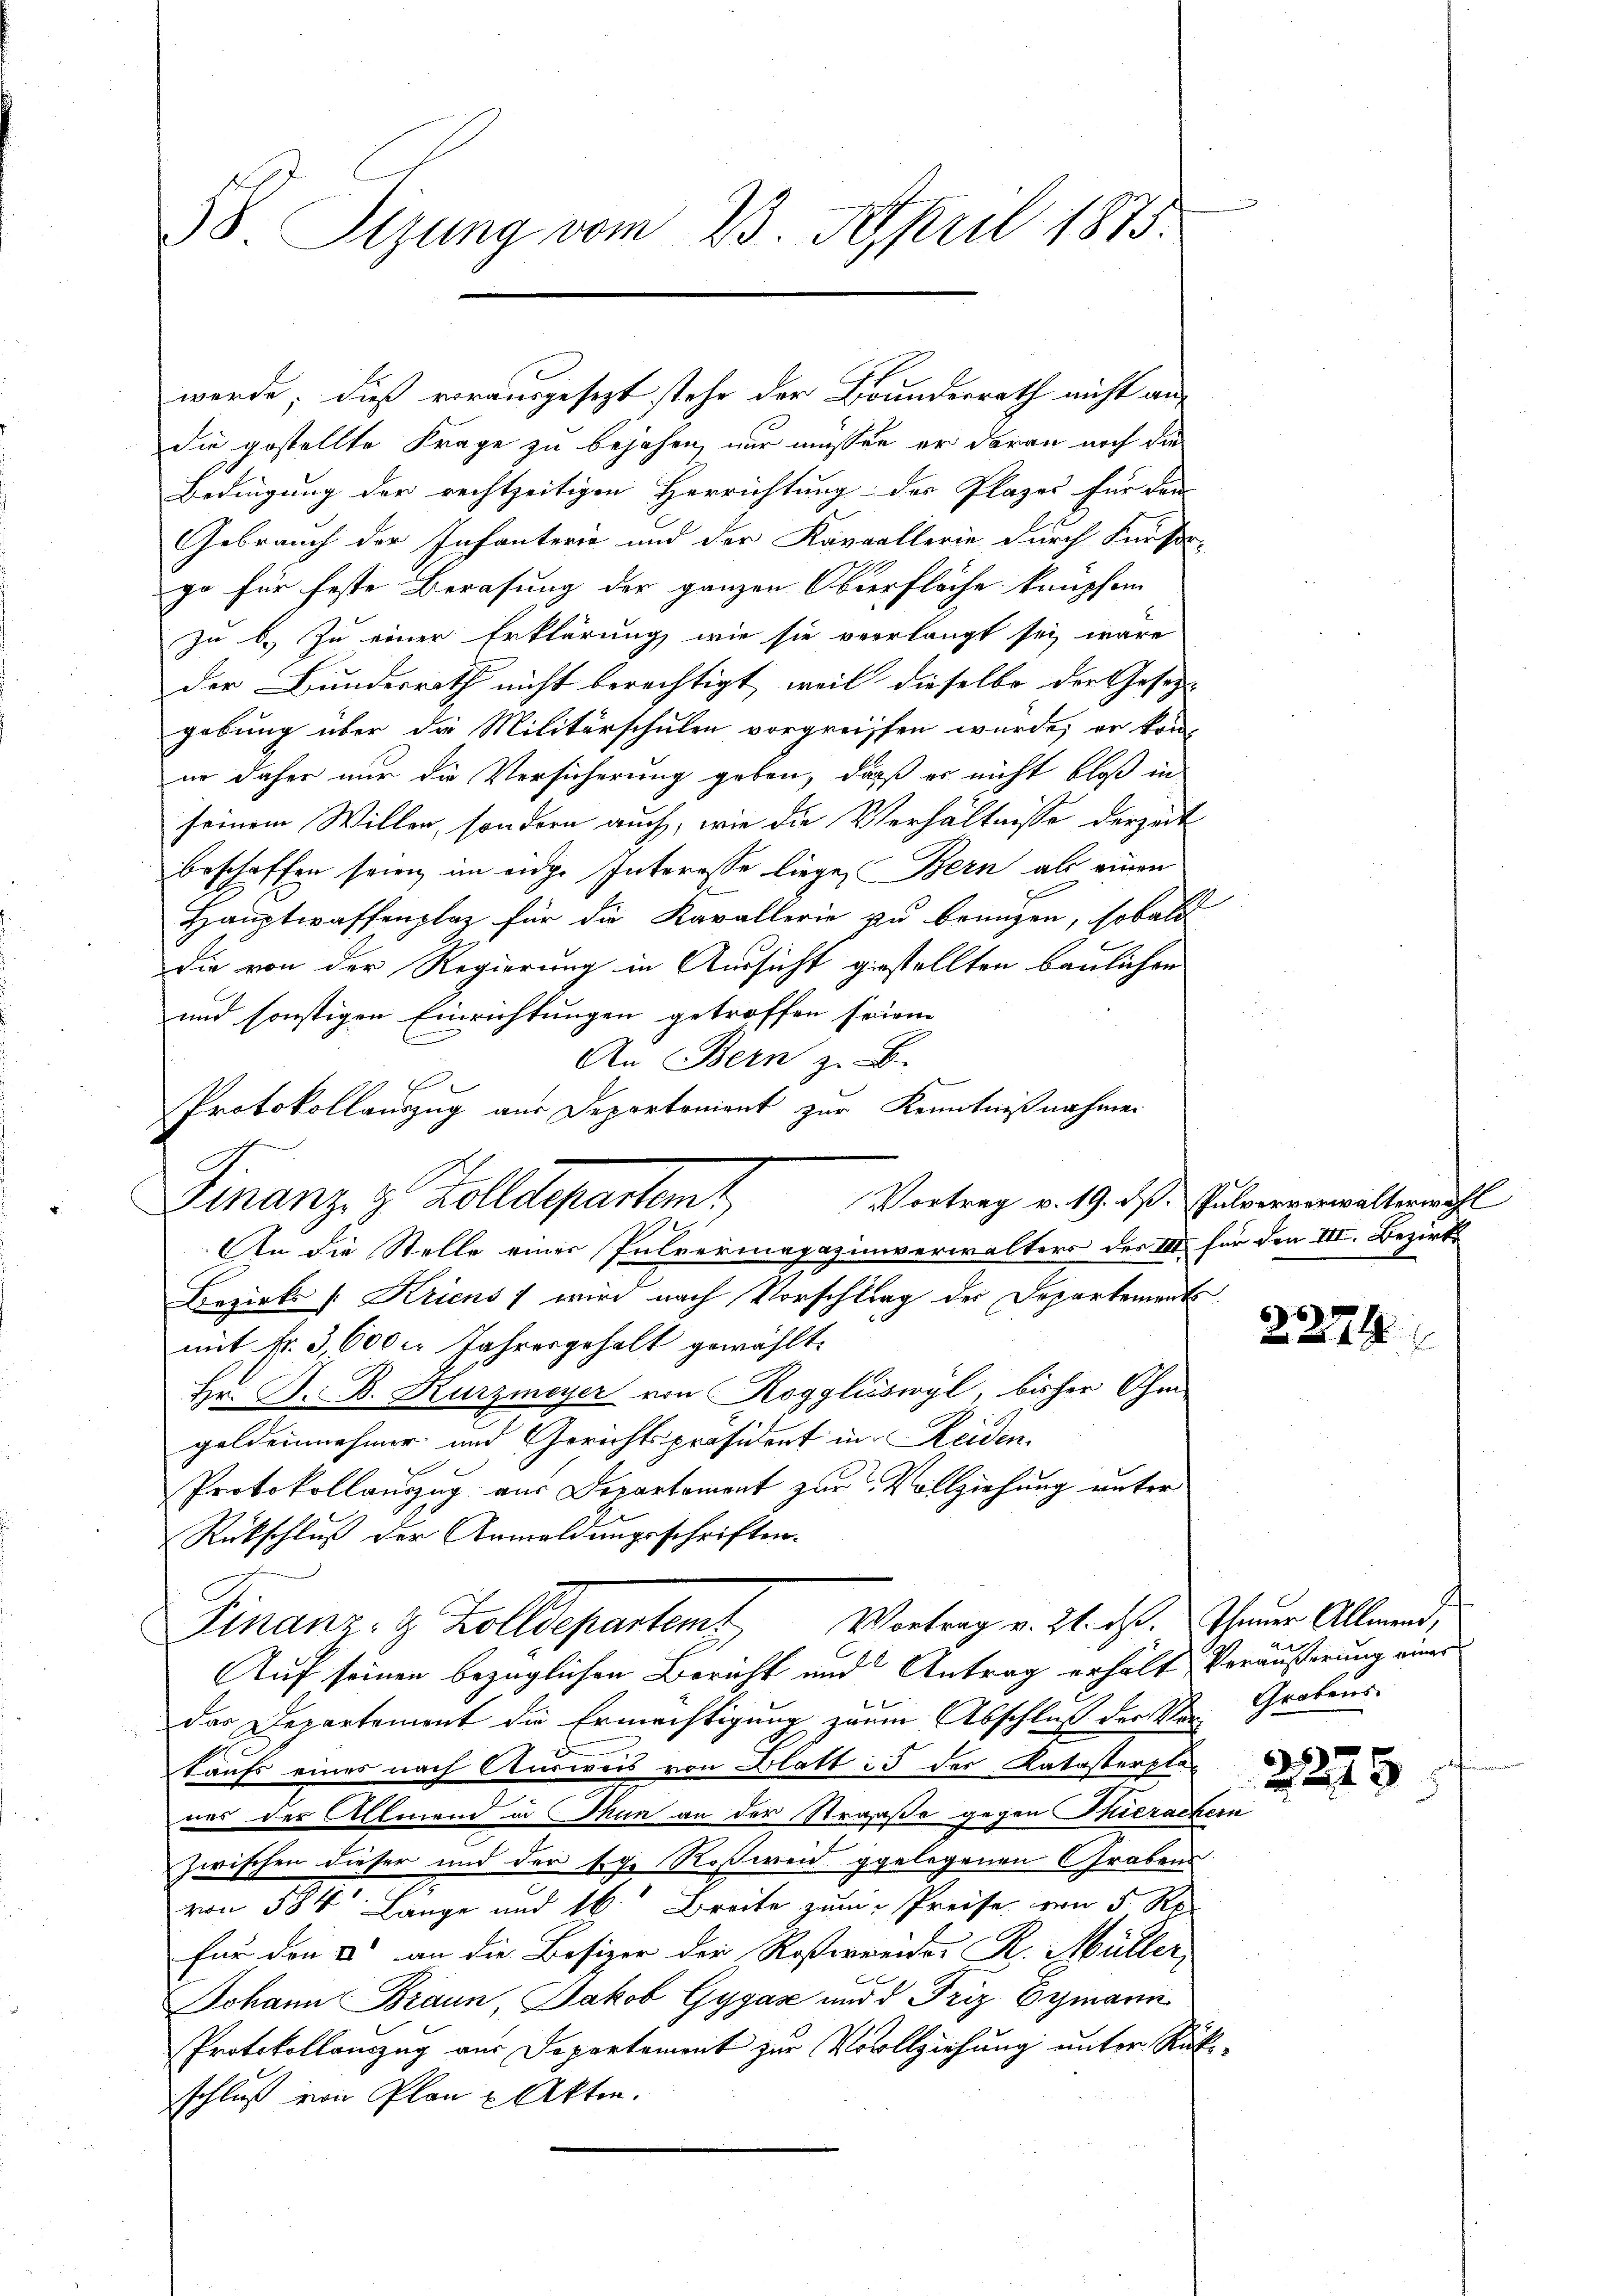
58 Sizung vom 23. April 1875.

werde; dieß vorausgesezt stehe der Bundesrath nicht an-
die gestellte Frage zu bejahen, nur müssen er daran noch die
Bedingung der rechtzeitigen Herrichtung der Plazes für den
Gebrauch der Infanterie und der Kavallerie durch Fürste-
go für feste Beratung der ganzen Oberfläche knüpfen
zu 6. Zu einer Erklärung, wie sie verlangt sei wäre
der Bunderrath nicht berechtigt, weil dieselbe der Gesetz
gebung über die Militärschulen vorgreiffen wurde; er kon-
er daher nur die Versicherung geben, daß es nicht bloß in
seinem Willer, sondern auch, wie die Verhältnisse derzeit
beschaffen sein, im eidge Interesse liege, Bern als einen
Hauptwaffenplaz für die Kavallerie zu bringen, sobald
die von der Regierung in Aussicht gestellten baulichen
und sonstigen Einrichtungen getroffen seien.
An Bern z. B.
r
Protokollauszug aus Departonient zur Kenntnißnahmen
Vortrag v. 19. P. Pulververwalterwahl
An die Stelle einer Pulvermagazinverwalters der III für den III. Bezirk
Bezirks /:Kriens; wird nach Vorschlag der Departements
mit Nr. 3,600 l. Jahresgehalt gewählt
Hr. B. B. Kurzmeyer von Roggliswyl, bisher Ohm
geldenehmer und Gerichtspräsident in Reiden.
Protokollauszug aus Departemont zur Vollziehung unter
Rückschluß der Anmeldungsschriften.
Finanz- & Zolldepartem Vertrag v. 21. ds. Schauer Allmend,
Auf seinen bezüglichen Bericht und Antrag erholt Veräußerung einer
das Departement die Ermächtigung zum Abschluß der Ver Grobens
Kaufs eines nach Ausweis von Blatt 3 der Katasterpla-
nes der Allmend in Thun an der Straße gegen Thierachein
zwischen dieser und der Eige Roßweid gelegenen Grabens
von 584 Lange und 16 Breite zum spreise von 5 Re
für den & an die Besizer der Rosterrendes R. Müller,
Johann Braun, Jakob Gygaz und d Friz 6 gmann
Protokollanzug aus Departement zur Vollziehung unter Rükschluß von Plan u Akten.

Finanz- & Zolldepartamt,

2254

2275